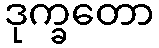
ဒုက္ခတော